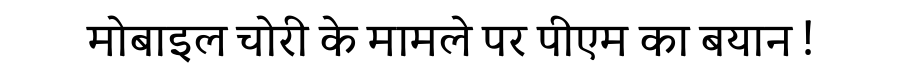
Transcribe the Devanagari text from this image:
मोबाइल चोरी के मामले पर पीएम का बयान !